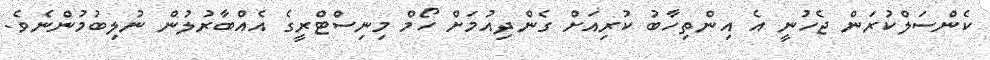
ކެންސަލްކުރަން ޖެހުނީ އެ އިންތިހާބު ކުރިއަށް ގެންދިއުމަށް ހޯމް މިނިސްޓްރީގެ އެއްބާރުލުން ނުލިބުމުންނެވެ.